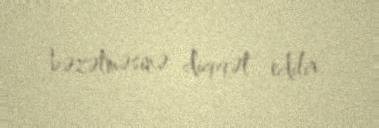
bəzətməsinə diqqət edilir.